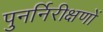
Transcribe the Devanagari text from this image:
पुनर्निरीक्षणों